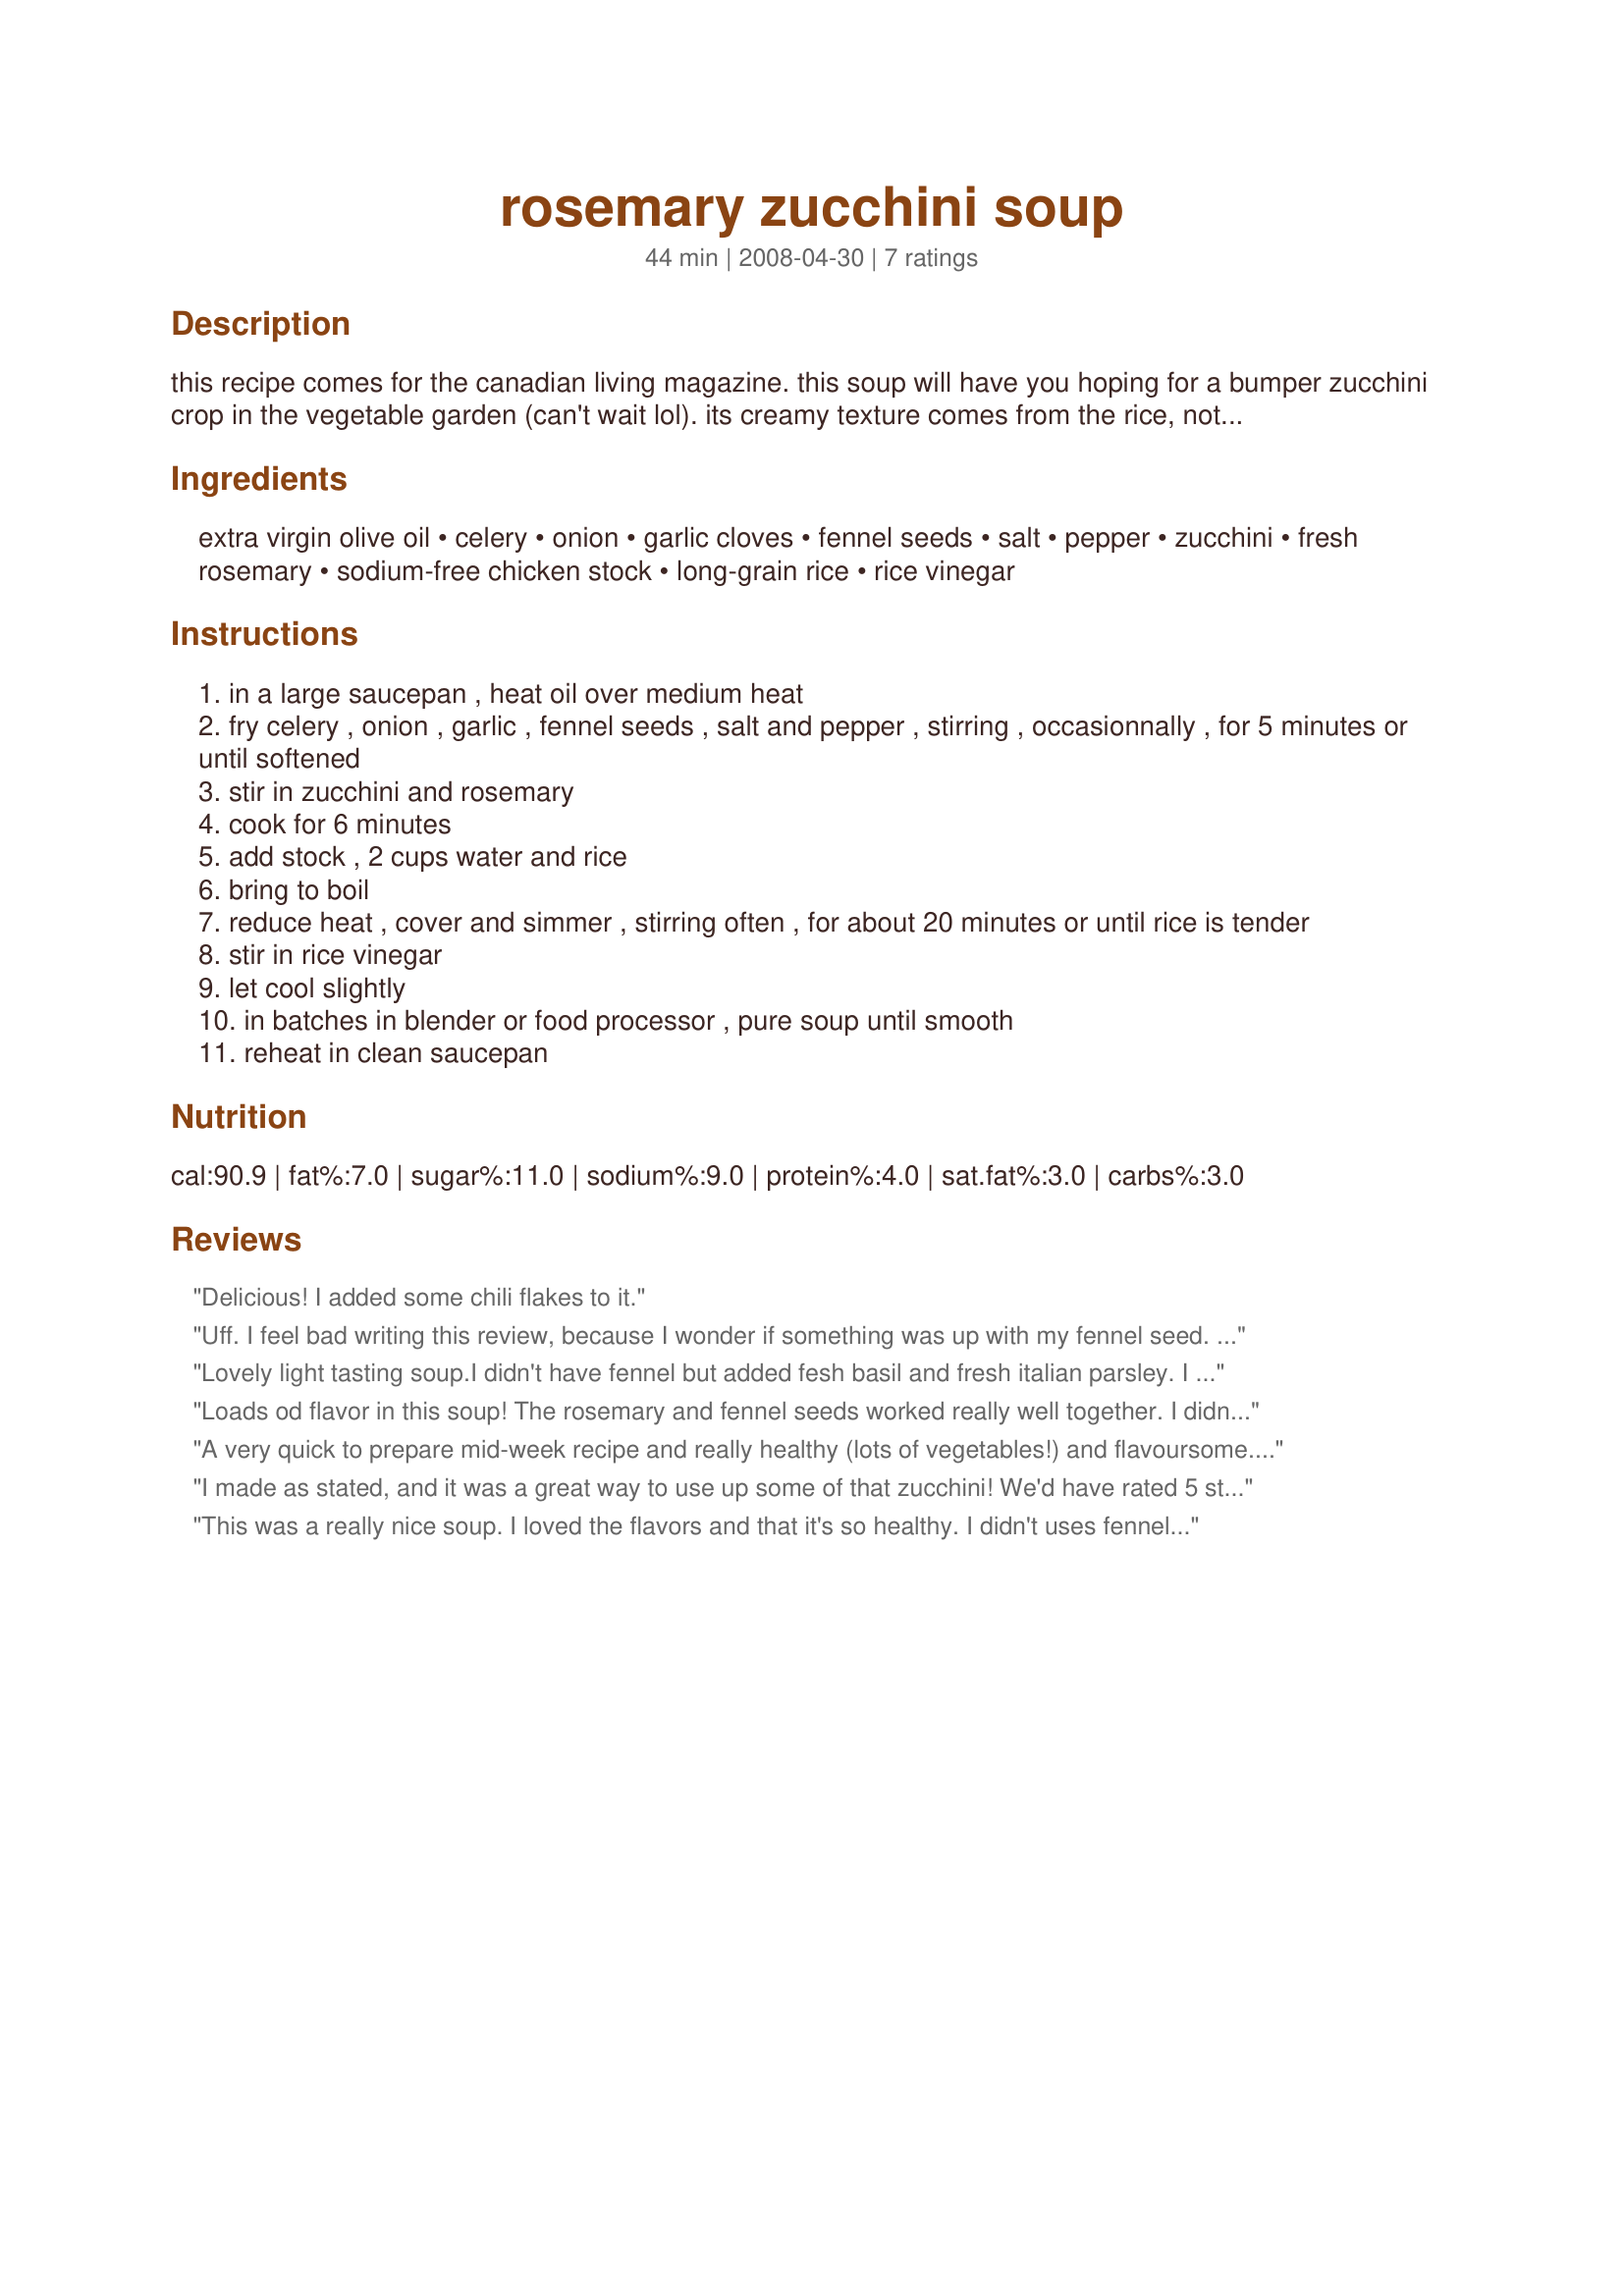
rosemary zucchini soup
Preparation time: 44 minutes

this recipe comes for the canadian living magazine. this soup will have you hoping for a bumper zucchini crop in the vegetable garden (can't wait lol). its creamy texture comes from the rice, not the cream. to make it smoother, strain the soup through a fine sieve after puréeing.

Ingredients:
extra virgin olive oil, celery, onion, garlic cloves, fennel seeds, salt, pepper, zucchini, fresh rosemary, sodium-free chicken stock, long-grain rice, rice vinegar

Steps:
in a large saucepan , heat oil over medium heat
fry celery , onion , garlic , fennel seeds , salt and pepper , stirring , occasionnally , for 5 minutes or until softened
stir in zucchini and rosemary
cook for 6 minutes
add stock , 2 cups water and rice
bring to boil
reduce heat , cover and simmer , stirring often , for about 20 minutes or until rice is tender
stir in rice vinegar
let cool slightly
in batches in blender or food processor , pure soup until smooth
reheat in clean saucepan

Reviews:
Delicious! I added some chili flakes to it.
Uff. I feel bad writing this review, because I wonder if something was up with my fennel seed. Anyway, this soup tasted overwhelmingly of fennel seed-- and I LOVE strong flavors. It wasn't inedible, but it was pretty darned close. I added a bunch of sage and some other things and got it, in the end, tasting something like Italian sausage soup --a bit odd!-- but it was the only way I could stomach it. I don't see anybody here commenting on the fennel flavor (and I used just under 2 tsp, in the end), so maybe it was my fennel seed? Still, had to comment. Watch out for the fennel seed.
Lovely light tasting soup.I didn't have fennel but added fesh basil and fresh italian parsley. I also left kind of chunky;we had this with a fresh baguette;so good.
Thanks for posting.I made this for 123 Wonders Tag game.
Rita
Loads od flavor in this soup! The rosemary and fennel seeds worked really well together. I didn't puree it totally smooth. This is a great way to use up the zucchini. Thanx for sharing!
A very quick to prepare mid-week recipe and really healthy (lots of vegetables!) and flavoursome. What more can one ask for? Apart from adding two leeks, I made this exactly to the recipe. I used lemon juice rather than the other option of rice vinegar. I blended about three quarters of the soup so there were still some chunky bits in it. I removed a quarter of the soup, used the immersion blender, then added the quarter portion back into the pot. A great blend of flavours, Boomette, and a recipe I'll certainly make again. Thank you for sharing it.
I made as stated, and it was a great way to use up some of that zucchini! We'd have rated 5 stars but it seemed something missing that I just couldn't put my finger on....a bit more depth of flavor maybe? I want to try it again and grill the zucchini maybe.... very nice as is, though!
This was a really nice soup. I loved the flavors and that it's so healthy. I didn't uses fennel seed because we didn't have any, and I blended only half of the soup because DH prefers it a little chunky. Thanks Boomette. Made for New Zaar Tag.
